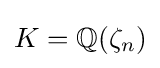
{\textstyle K=\mathbb {Q} (\zeta _{n})}